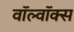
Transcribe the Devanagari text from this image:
वॉल्वॉक्स